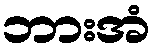
ဘားအံ